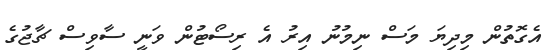
އެގޮތުން މިދިޔަ މަސް ނިމުނު އިރު އެ ރިސޯޓުުން ވަނީ ސާވިސް ޗާޖުގެ